Report on vaccination in Madras 1895-1903 - 1895-1903
Year: 1895
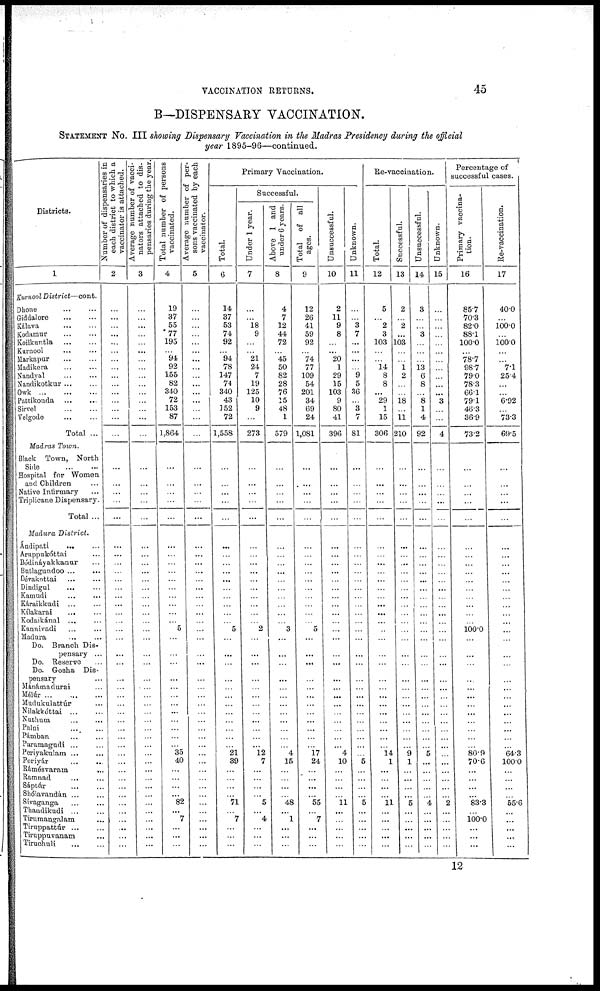
VACCINATION RETURNS.
45
B—DISPENSARY VACCINATION.
STATEMENT No. III showing Dispensary Vaccination in the Madras Presidency during the official
year 1895-96—continued.
Districts.
1
Kurnool District—cont.
Dhone
...
...
Giddalore
...
...
Kálava
...
...
Kodamur
...
...
Koilkuntla
...
...
Kurnool
...
...
Markapur
...
...
Madikera ... ...
Nandyal
...
...
Nandikotkur ... ...
Owk ... ... ...
Pattikonda
...
...
Sirvel
...
...
Velgode ... ...
Total ...
Madras Town.
Black Town, North
Side
...
...
Hospital for Women
and Children ...
Native Infirmary ...
Triplicane Dispensary.
Total ...
Madura District.
Ándipati ... ...
Aruppukóttai ...
Bódináyakkanur ...
Butlagundoo ... ...
Dévakottai ... ...
Dindigul ... ...
Kamudi ... ...
Káraikkudi ... ...
Kílakarai ... ...
Kodaikánal ... ...
Kannivadi ... ...
Madura ... ...
Do. Branch Dis-
pensary ...
Do. Reserve ...
Do. Gosha Dis-
pensary ...
Mánámadurai ...
Méúr
...
...
...
Mudukulattúr ...
Nilakkóttai
...
...
Nuthum ... ...
Palni ... ...
Pámban ... ...
Paramagndi ... ...
Periyakulam ... ...
Periyár ... ...
Rámésvaram
...
Ramnad ... ...
Sáptúr
...
...
Shólavandán ... ...
Sivaganga ... ...
Thandikudi
...
...
Tirumangalam ...
Tiruppattúr
...
...
Tiruppuvanam ...
Tiruchuli
...
...
Number of dispensaries in
each distinct to which a
vaccinator is attached.
2
...
...
...
...
...
...
...
...
...
...
...
...
...
...
...
...
...
...
...
...
...
...
...
...
...
...
...
...
...
...
...
...
...
...
...
...
...
...
...
...
...
...
...
...
...
...
...
...
...
...
...
...
...
...
...
Average number of vacci-
nators attached to dis-
pensaries during the year.
3
...
...
...
...
...
...
...
...
...
...
...
...
...
...
...
...
...
...
...
...
...
...
...
...
...
...
...
...
...
...
...
...
...
...
...
...
...
...
...
...
...
...
...
...
...
...
...
...
...
...
...
...
...
...
...
Total number of persons
vaccinated.
4
19
37
55
77
195
...
94
92
155
82
340
72
153
87
1,864
...
...
...
...
...
...
...
...
...
...
...
...
...
...
...
5
...
...
...
...
...
...
...
...
...
...
...
...
35
40
...
...
...
... 82
... 7
...
...
...
Average number of per-
sons vaccinated by each
vaccinator.
5
...
...
...
...
...
...
...
...
...
...
...
...
...
...
...
...
...
...
...
...
...
...
...
...
...
...
...
...
...
...
...
...
...
...
...
...
...
...
...
...
...
...
...
...
...
...
...
...
...
...
...
...
...
...
...
Primary Vaccination.
Total.
6
14
37
53
74
92
...
94
78
147
74
340
43
152
72
1,558
...
...
...
...
...
...
...
...
...
...
...
...
...
...
...
5
...
...
...
...
...
...
...
...
...
...
...
...
21
39
...
...
...
...
71
...
7
...
...
...
Successful.
Under 1 year.
7
...
...
18
9
...
...
21
24
7
19
125
10
9
...
273
...
...
...
...
...
...
...
...
...
...
...
...
...
...
...
2
...
...
...
...
...
...
...
...
...
...
...
...
12
7
...
...
...
... 5
... 4
...
...
...
Above 1 and
under 6 years.
8
4
7
12
44
72
...
45
50
82
28
76
15
48
1
579
...
...
...
...
...
...
...
...
...
...
...
...
...
...
...
3
...
...
...
...
...
...
...
...
...
...
...
...
4
15
...
...
...
...
48
... 1
...
...
...
Total of all
ages.
9
12
26
41
59
92
...
74
77
109
54
201
34
69
24
1,081
...
...
...
...
...
...
...
...
...
...
...
...
...
...
...
5
...
...
...
...
...
...
...
...
...
...
...
...
17
24
...
...
...
... 55
... 7
...
...
...
Unsuccessful.
10
2
11
9
8
...
... 20
1
29
15
103
9
80
41
396
...
...
...
...
...
...
...
...
...
...
...
...
...
...
...
...
...
...
...
...
...
...
...
...
...
...
...
...
4
10
...
...
...
...
11
...
...
...
...
...
Unknown.
11
...
...
3
7
...
...
...
...
9
5
36
...
3
7
81
...
...
...
...
...
...
...
...
...
...
...
...
...
...
...
...
...
...
...
...
...
...
...
...
...
...
...
...
...
5
...
...
...
...
5
...
...
...
...
...
Re-vaccination.
Total.
12
5
...
2
3
103
...
...
14
8
8
... 29
1
15
306
...
...
...
...
...
...
...
...
...
...
...
...
...
...
...
...
...
...
...
...
...
...
...
...
...
...
...
...
14
1
...
...
...
...
11
...
...
...
...
...
Successful.
13
2
...
2
...
103
...
...
1
2
...
...
18
...
11
210
...
...
...
...
...
...
...
...
...
...
...
...
...
...
...
...
...
...
...
...
...
...
...
...
...
...
...
...
9
1
...
...
...
... 5
...
...
...
...
...
Unsuccessful.
14
3
...
...
3
...
...
...
13
6
8
...
8
1
4
92
...
...
...
...
...
...
...
...
...
...
...
...
...
...
...
...
...
...
...
...
...
...
...
...
...
...
...
...
5
...
...
...
...
...
4
...
...
...
...
...
Unknown.
15
...
...
...
...
...
...
...
...
...
...
... 3
...
...
4
...
...
...
...
...
...
...
...
...
...
...
...
...
...
...
...
...
...
...
...
...
...
...
...
...
...
...
...
...
...
...
...
...
...
2
...
...
...
...
...
Percentage of
successful cases.
Primary vaccina-
tum.
16
85.7
70.3
82.0
88.1
100.0
...
78.7
98.7
79.0
78.3
66.1
79.1
46.3
36.9
73.2
...
...
...
...
...
...
...
...
...
...
...
...
...
...
......
100.0
...
...
...
...
...
...
...
...
...
...
...
...
80.9
70.6
...
...
...
... 83.3
...
100.0
...
...
...
Re-vaccination.
17
40.0
...
100.0
...
100.0
...
...
7.1
25.4
...
...
6.92
...
73.3
69.5
...
...
...
...
...
...
...
...
...
...
...
...
...
...
...
...
...
...
...
...
...
...
...
...
...
...
...
...
64.3
100.0
...
...
...
...
55.6
...
...
...
...
...
12